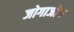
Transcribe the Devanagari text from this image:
जोगाजोग